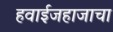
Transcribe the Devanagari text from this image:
हवाईजहाजाचा